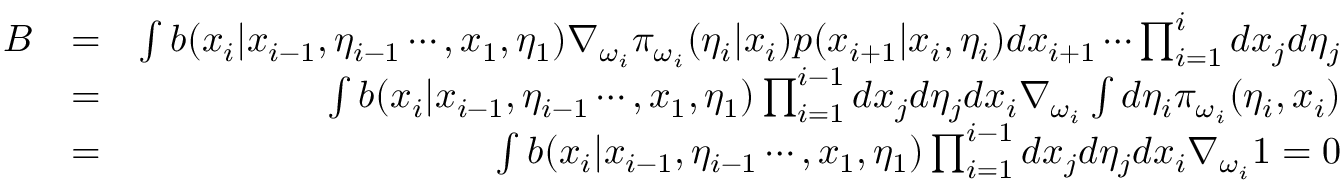
\begin{array} { r l r } { B } & { = } & { \int b ( x _ { i } | x _ { i - 1 } , \eta _ { i - 1 } \cdots , x _ { 1 } , \eta _ { 1 } ) \nabla _ { \omega _ { i } } \pi _ { \omega _ { i } } ( \eta _ { i } | x _ { i } ) p ( x _ { i + 1 } | x _ { i } , \eta _ { i } ) d x _ { i + 1 } \cdots \prod _ { i = 1 } ^ { i } d x _ { j } d \eta _ { j } } \\ & { = } & { \int b ( x _ { i } | x _ { i - 1 } , \eta _ { i - 1 } \cdots , x _ { 1 } , \eta _ { 1 } ) \prod _ { i = 1 } ^ { i - 1 } d x _ { j } d \eta _ { j } d x _ { i } \nabla _ { \omega _ { i } } \int d \eta _ { i } \pi _ { \omega _ { i } } ( \eta _ { i } , x _ { i } ) } \\ & { = } & { \int b ( x _ { i } | x _ { i - 1 } , \eta _ { i - 1 } \cdots , x _ { 1 } , \eta _ { 1 } ) \prod _ { i = 1 } ^ { i - 1 } d x _ { j } d \eta _ { j } d x _ { i } \nabla _ { \omega _ { i } } 1 = 0 } \end{array}